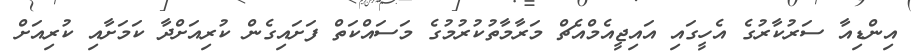
އިންޑިއާ ސަރުކާރުގެ އެހީގައި އައިޖީއެމްއެޗް މަރާމާތުކުރުމުގެ މަސައްކަތް ފަށައިގެން ކުރިއަށްދާ ކަމަށާއި ކުރިއަށް